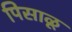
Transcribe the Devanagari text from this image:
पिसाळू